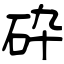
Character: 砕